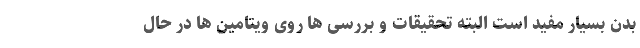
بدن بسیار مفید است البته تحقیقات و بررسی ها روی ویتامین ها در حال